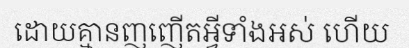
ដោយគ្មានញញើតអ្វីទាំងអស់ ហើយ